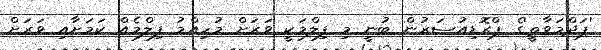
'ޕަދްމަވާތީ'ގެ ޕްރޮޑިއުސަރުން ބުނީ މި ފިލްމަކީ ވަރަށް މުހިއްމު ފިލްމެއް ކަމަށާއި ވަރަށް